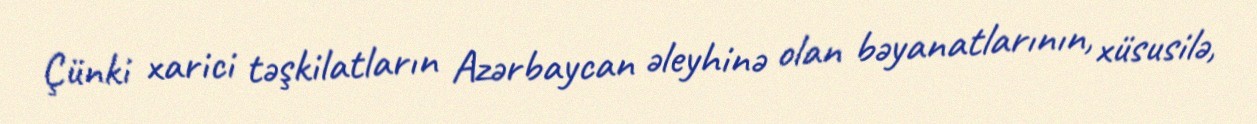
Çünki xarici təşkilatların Azərbaycan əleyhinə olan bəyanatlarının, xüsusilə,